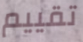
تقييم